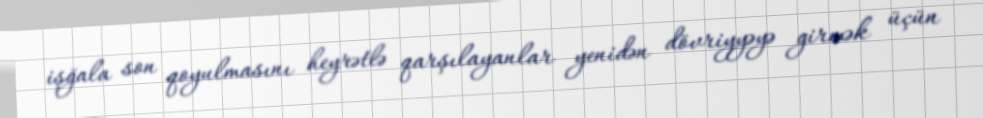
işğala son qoyulmasını heyrətlə qarşılayanlar yenidən dövriyyəyə girmək üçün